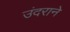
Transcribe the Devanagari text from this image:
उंदराने